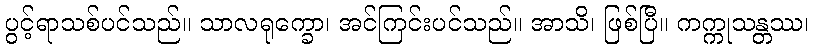
ပွင့်ရာသစ်ပင်သည်။ သာလရုက္ခော၊ အင်ကြင်းပင်သည်။ အာသိ၊ ဖြစ်ပြီ။ ကက္ကုသန္တဿ၊